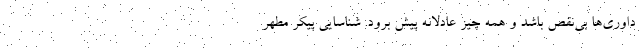
داوری‌ها بی‌نقص باشد و همه چیز عادلانه پیش برود. شناسایی پیکر مطهر